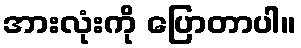
အားလုံးကို ပြောတာပါ။